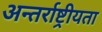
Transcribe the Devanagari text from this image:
अन्तर्राष्ट्रीयता